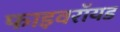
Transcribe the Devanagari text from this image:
फाइवरॉयड